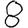
Digit: 8